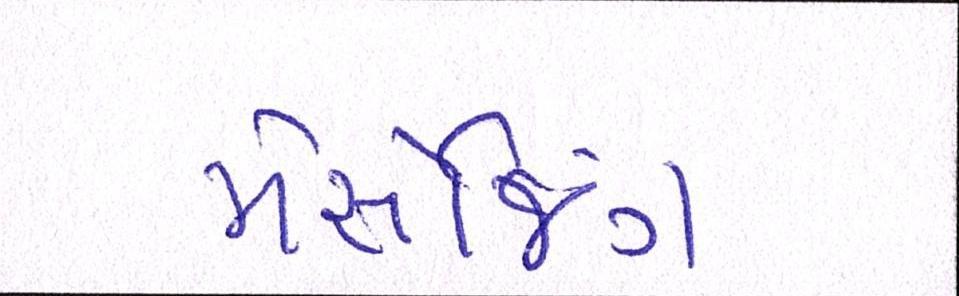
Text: મેસેજિંગ